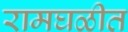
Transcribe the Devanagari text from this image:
रामघळीत